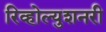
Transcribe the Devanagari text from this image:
रिव्होल्युशनरी